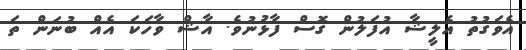
އެވަގުތު އެލީޝާ އުފަލުން ގޮސް ފާޅުނުވެ. އާޝް ވާހަކަ އެއް ބުނަން ތަ